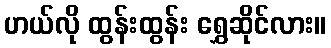
ဟယ်လို ထွန်းထွန်း ရွှေဆိုင်လား။